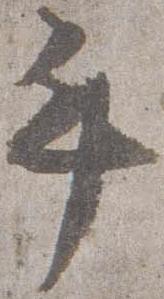
手